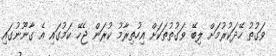
ވަގުތު ހޭދަކުރުމަށް ލިބޭ ވަގުތުތަކަށް އިހުތިރާމު ކުރަން ޖެހޭ ކަމުގައި އެ ގާނޫނުގައި